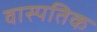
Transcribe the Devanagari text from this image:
वास्पतिक